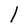
Character: 1